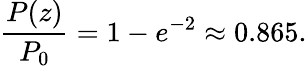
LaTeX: {\frac{P(z)}{P_{0}}}=1-e^{-2}\approx 0.865.